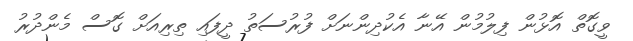
ވީގޮތް އޮޅުން ފިލުމުން އޭނާ އެކުދިންނަށް ފުރުސަތު ދީފައި ތިރިއަށް ގޮސް މެންދުރު